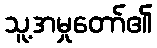
သူ့အမှုတော်၏